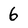
Character: 6